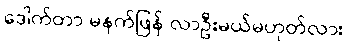
ဒေါက်တာ မနက်ဖြန် လာဦးမယ်မဟုတ်လား